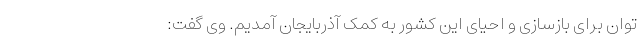
توان برای بازسازی و احیای این کشور به کمک آذربایجان آمدیم. وی گفت: